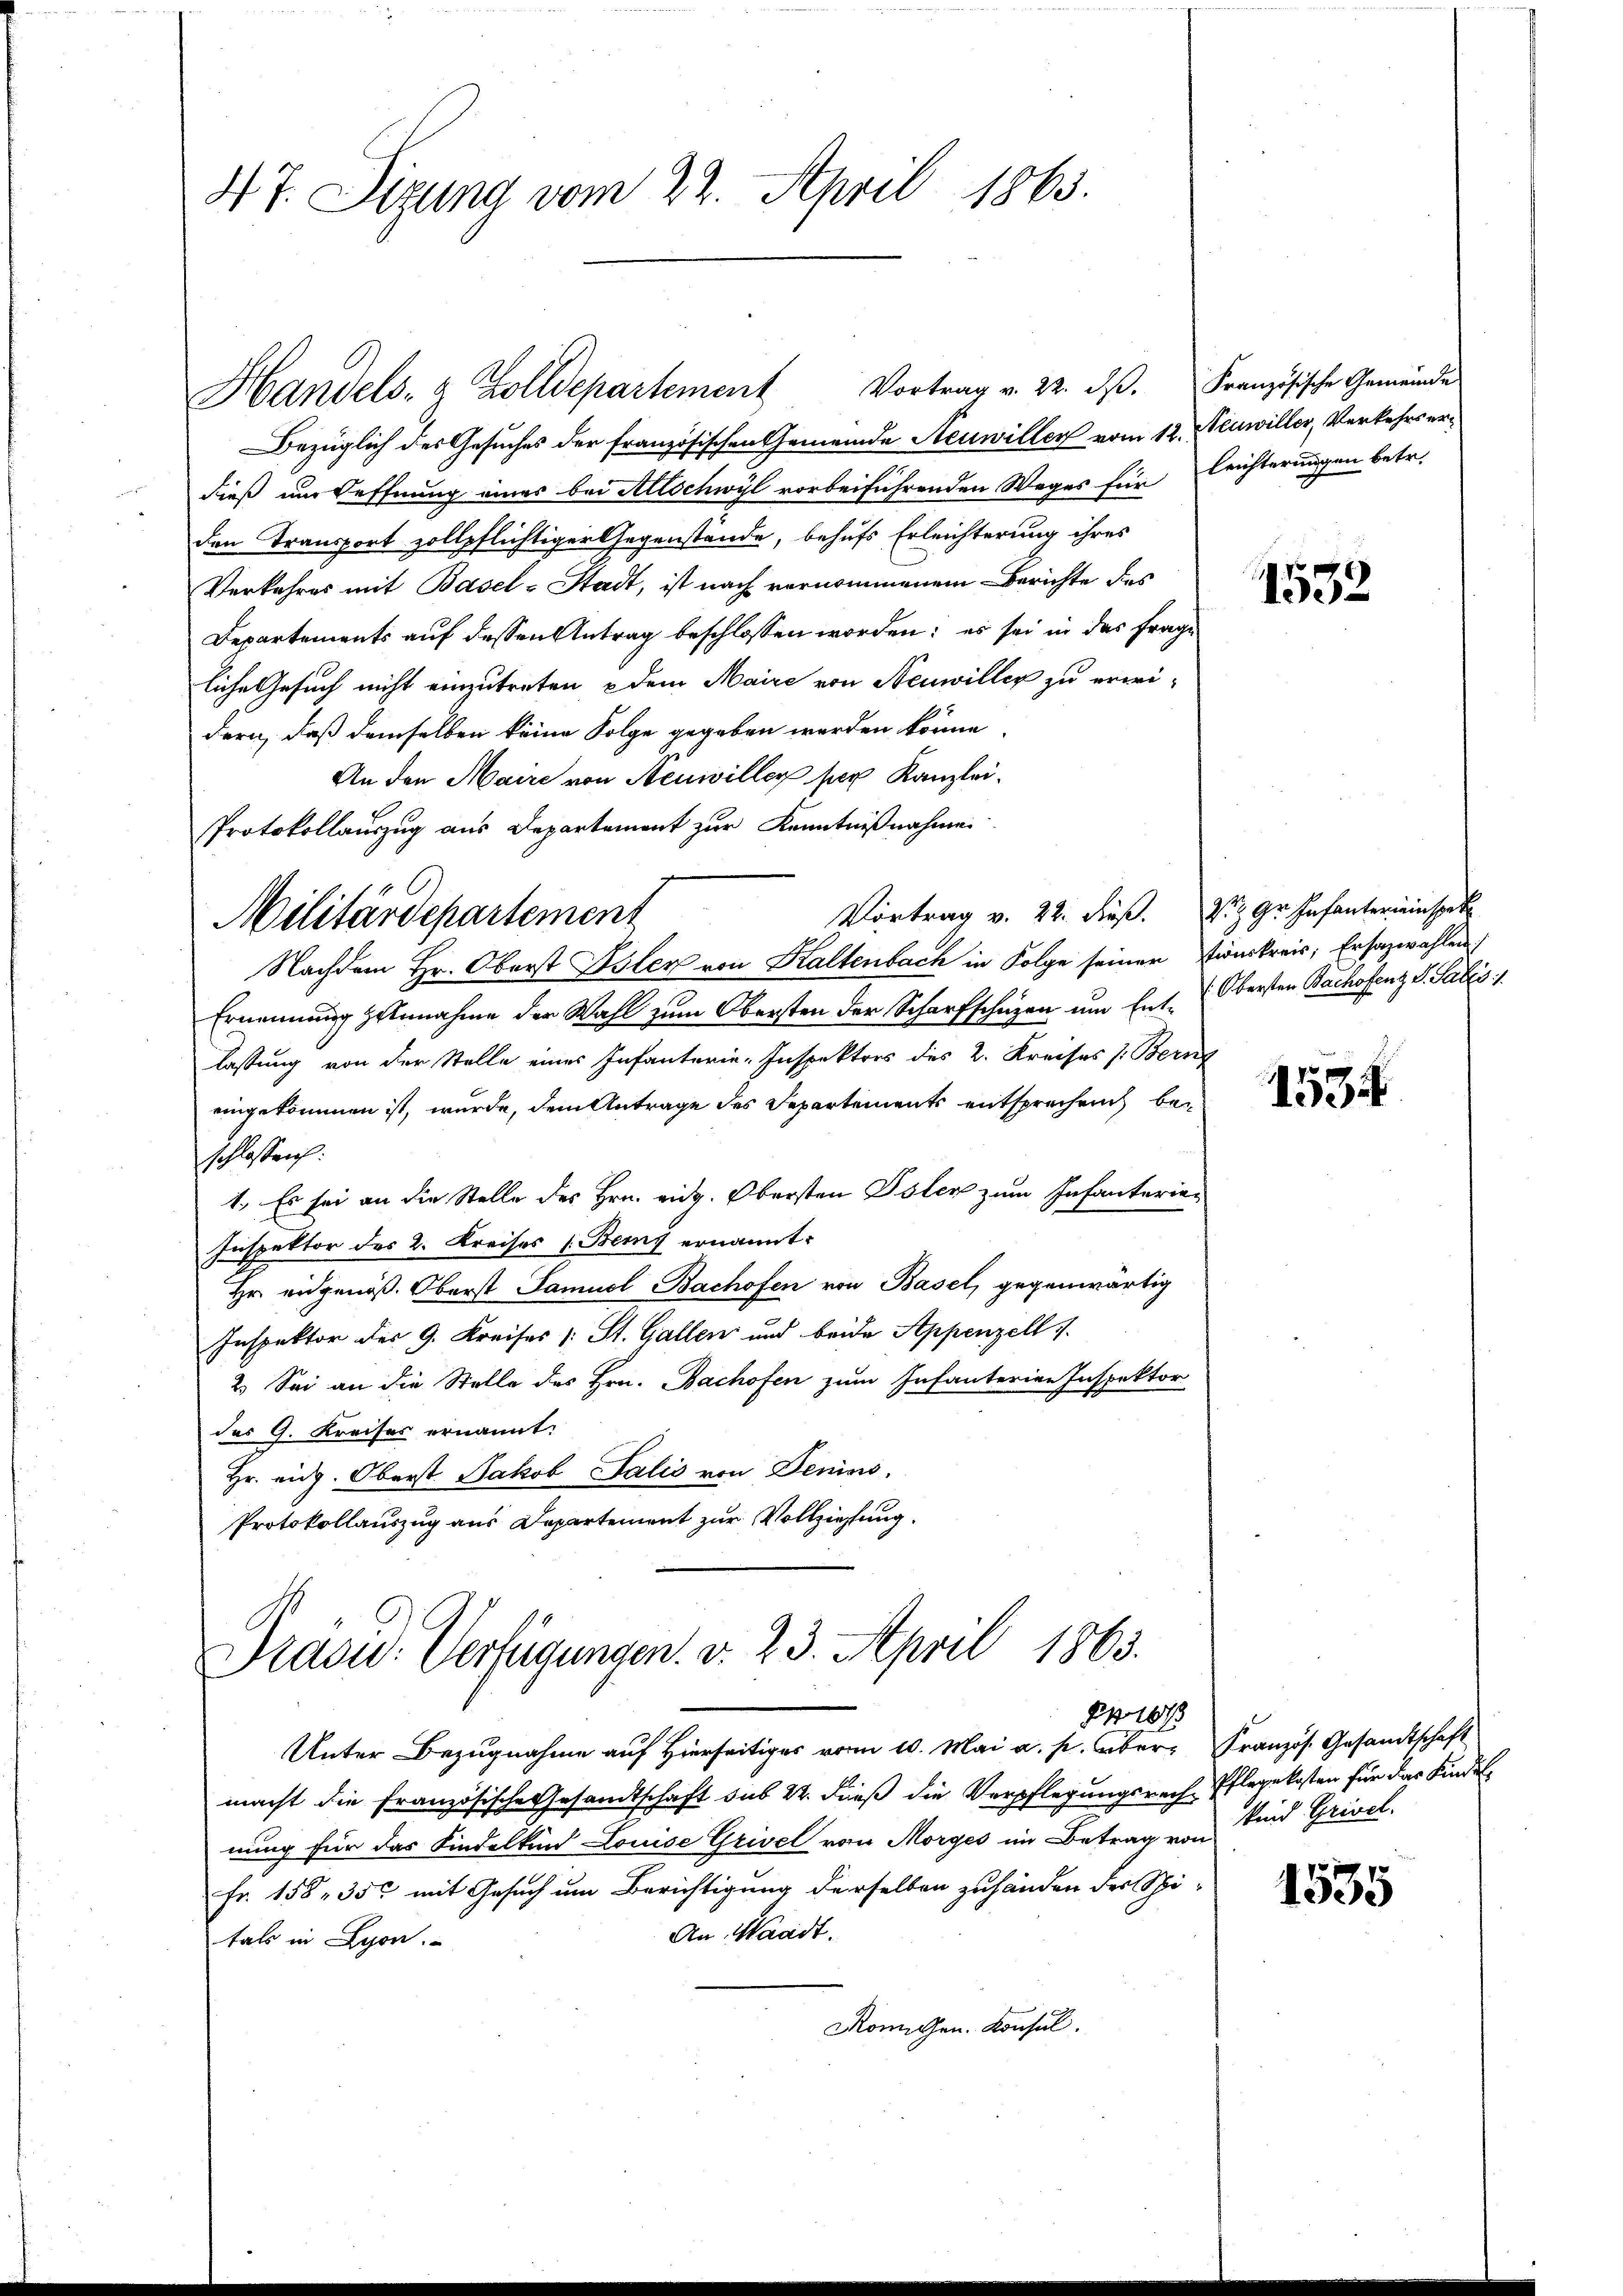
N.T. Sizung vom 22. April 1863.

Bezüglich des Gesuches der französischen Gemeinde Neuwiller vom 12. Neuwiller, Verkehrserdieß und Oeffnung eines bei Allschwyl vorbeiführenden Weges für Leichterungen betr.
den Transport zollpflichtiger Gegenstände, behufs Erleichterung ihres
Verkehres mit Basel-Stadt, ist nach vernommenem Berichte des
Departements auf dessen Antrag beschlossen worden; es sei in des Frage
liche Gesuch nicht einzutreten dem Maire von Neuwiller zu erwi-
dern, daß demselben keine Folge gegeben werden könne,
An den Maire von Neuwiller per Kanzlei.
Vortrag v. 22. dieß. W. Gr. Infantereinspek
Nachdem Hr. Oberst Isler von Kaltenbach in Folge seiner inskreis; Ersazwahlen
Ernennung zunnahme der Wahl zum Obersten der Scharfschützen um Ent-Obersten Bachofenz v. Salis
lassung von der Stelle eines Infanterie-Inspektors des 2. Kreises /: Bern
eingekommen ist, wurde, dem Antrage des Departements entsprechen beschlossen:
1. Es sei an die Stelle des Hrn. eidg. Obersten Toler zum Infanteria-
Inspektor des 2. Kreises (Bemy ernannt:
Hr eidgenöß. Oberst Samuel Bachofen von Basel, gegenwärtig
Inspektor der 9. Kreises /: St. Gallen und beide Appenzell
2. Sei an die Stelle des Hrn. Bachofen zum Infanterien Inspektor
des G. Kreises ernannt:
Hr. eidg. Oberst Jakob Salis von Denius.
Protokollauszug aus Departement zur Vollziehung.

Handels- & Zolldepartement Vortrag v. 22. dβ. Französische Gemeindes

Protokollauszug aus Departement zur Kenntnißnahme
Militärdepartement

Praou: Verfügungen. v. 23. April 1863.
10

Unter Bezugnahme auf Hierseitiges vom 10. Mai a. p. Aber Französ. Gesandtschaft
macht die Französische Gesandtschaft sub 22. dieß die Verpflegungsrech Pflegekosten für das Kindel
nung für das Kindelkind Louise Grivel vom Morges im Betrag von
Fr. 158, 350 mit Gesuch um Berichtigung derselben zuhänden des Spi-
An Waadt.
tals in Lyon.
Königen. Konsul.

1532

1534

sind Grivel.

1535